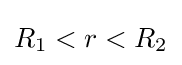
R_{1}<r<R_{2}